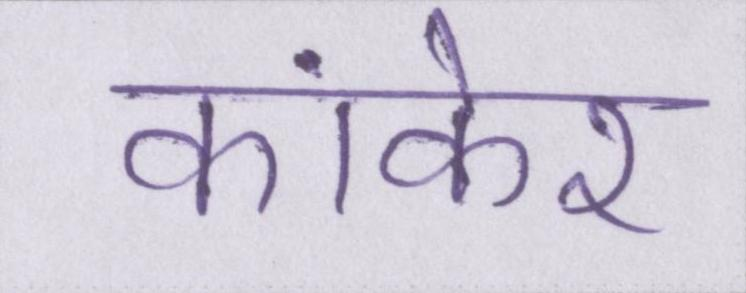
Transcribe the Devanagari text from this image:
कांकेर